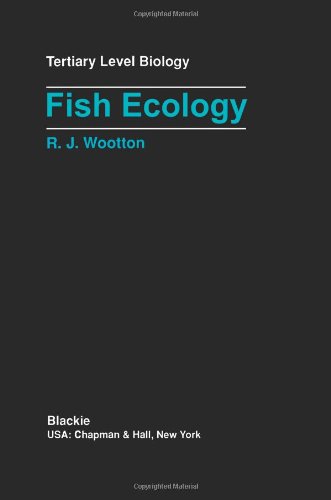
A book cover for Fish Ecology (Tertiary Level Biology); Robert J. Wootton; Sports & Outdoors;